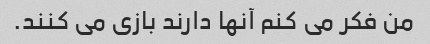
من فکر می کنم آنها دارند بازی می کنند.